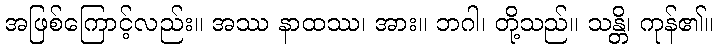
အဖြစ်ကြောင့်လည်း။ အဿ နာထဿ၊ အား။ ဘဂါ၊ တို့သည်။ သန္တိ၊ ကုန်၏။